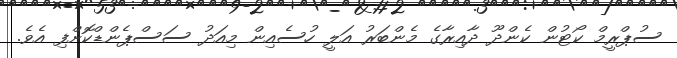
ސުޕްރީމް ކޯޓުން ކެންދޫ ދާއިރާގެ މެންބަރު އަލީ ހުސެއިން މިއަދު ސަސްޕެންޑްކޮށްފި އެވެ.